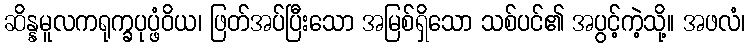
ဆိန္နမူလကရုက္ခပုပ္ဖံဝိယ၊ ဖြတ်အပ်ပြီးသော အမြစ်ရှိသော သစ်ပင်၏ အပွင့်ကဲ့သို့။ အဖလံ၊